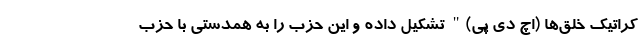
کراتیک خلق‌ها (اچ دی پی)" تشکیل داده و این حزب را به همدستی با حزب